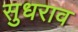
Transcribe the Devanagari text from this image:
सुधराव